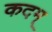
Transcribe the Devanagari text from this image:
कदम्